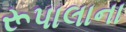
રૂપાલાના